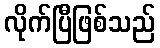
လိုက်ပြီဖြစ်သည်